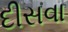
દીસવા